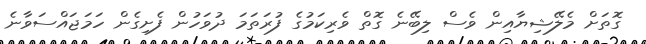
ގޮތަށް މެލޭޝިޔާއިން ވެސް ލިބޭނެ ގޮތް ވެރިކަމުގެ ފުރަތަމަ ދުވަހުން ފެށިގެން ހަމަޖައްސަވާނެ